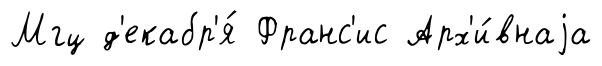
Мгц д'екабр'я́ Франс'ис Арх'и́внаjа